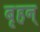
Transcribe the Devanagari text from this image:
बृहन्